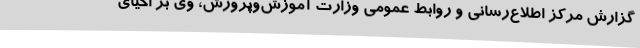
گزارش مرکز اطلاع‌رسانی و روابط عمومی وزارت آموزش‌وپرورش، وی بر احیای